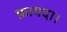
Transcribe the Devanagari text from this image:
फ़ायदा।